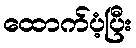
ထောက်ပံ့ပြီး